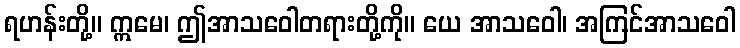
ရဟန်းတို့။ ဣမေ၊ ဤအာသဝေါတရားတို့ကို။ ယေ အာသဝေါ၊ အကြင်အာသဝေါ